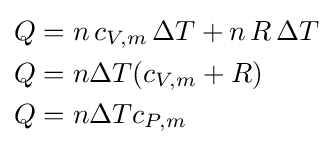
{\begin{aligned}Q&=n\,c_{V,m}\,\Delta T+n\,R\,\Delta T\\Q&=n\Delta T(c_{V,m}+R)\\Q&=n\Delta Tc_{P,m}\end{aligned}}